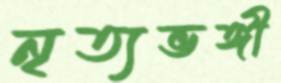
নৃত্যভঙ্গী